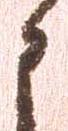
申